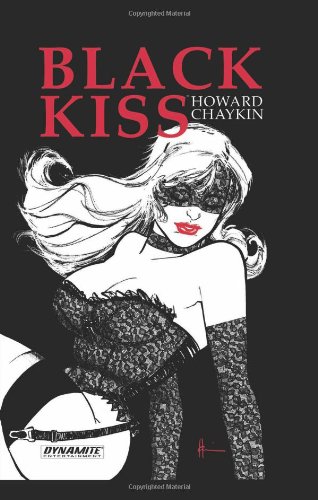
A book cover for Howard Chaykin's Black Kiss HC; Howard Chaykin; Comics & Graphic Novels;